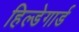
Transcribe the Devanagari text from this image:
हिल्डेगार्ड